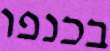
בכנפו